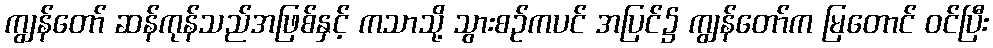
ကျွန်တော် ဆန်ကုန်သည်အဖြစ်နှင့် ကသာသို့ သွားစဉ်ကပင် အပြင်၌ ကျွန်တော်က မြတောင် ဝင်ပြီး